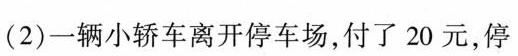
(2)一辆小轿车离开停车场，付了20元，停